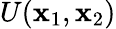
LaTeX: U(\mathbf{x}_{1},\mathbf{x}_{2})